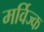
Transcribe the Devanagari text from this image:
मर्विज्क